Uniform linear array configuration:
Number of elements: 12
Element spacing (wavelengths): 0.75
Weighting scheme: exponential
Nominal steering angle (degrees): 0
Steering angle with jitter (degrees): -0.2387
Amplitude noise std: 0.05
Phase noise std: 0.05

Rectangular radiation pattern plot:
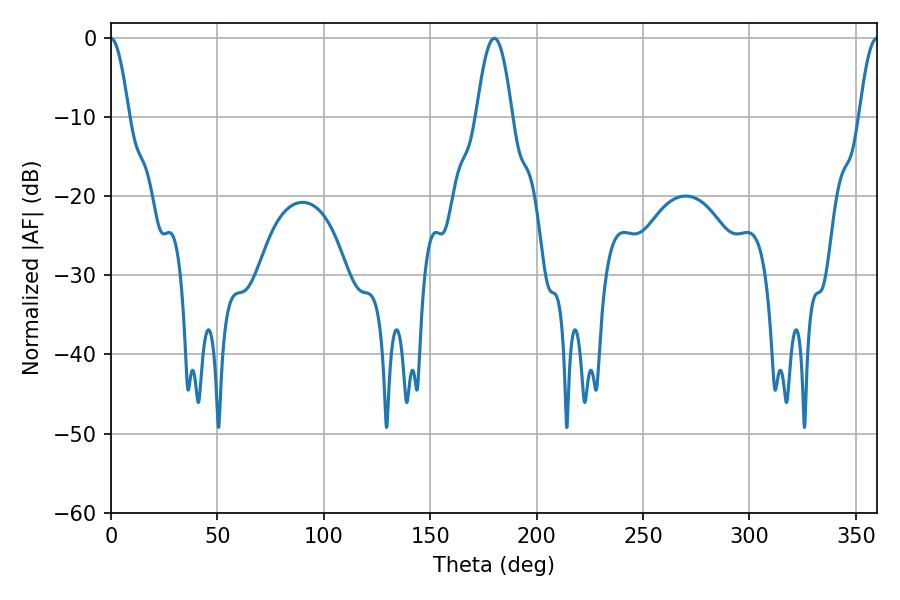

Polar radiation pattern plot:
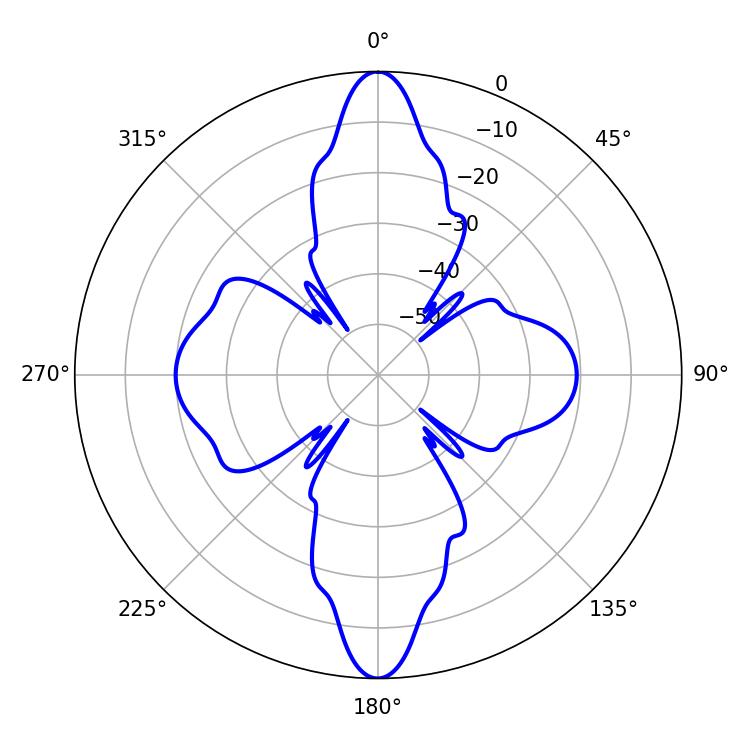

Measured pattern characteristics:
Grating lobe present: TRUE
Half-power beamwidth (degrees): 9.18
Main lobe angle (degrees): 180.18